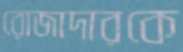
রোজাদারকে